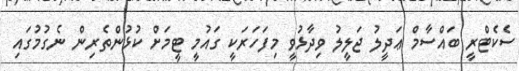
ސެކެޓްރީ ބައްސާމް ޢަދީލު ޖަލީލު ވިދާޅުވީ މިފަހަރަކީ ގައުމީ ޓީމަށް ކުޅުންތެރިން ނެގުމުގައި